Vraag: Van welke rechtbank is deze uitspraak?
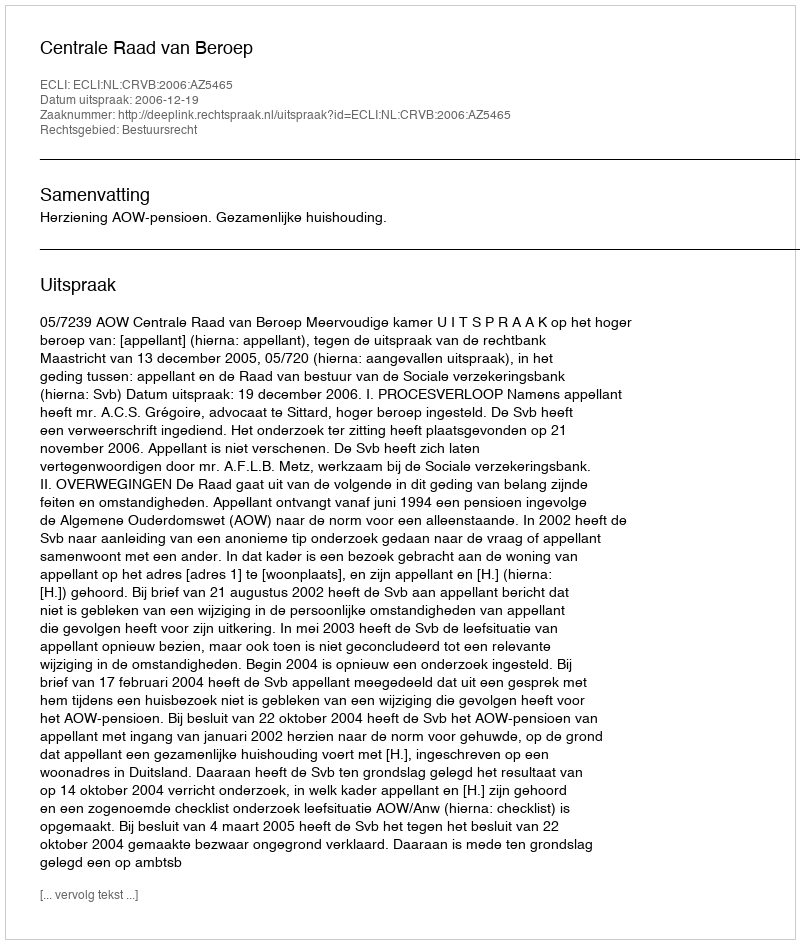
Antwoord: Centrale Raad van Beroep